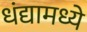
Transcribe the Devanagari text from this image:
धंद्यामध्ये